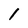
Character: 1